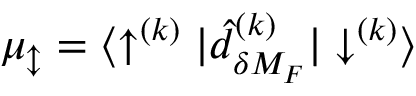
{ \mu _ { \updownarrow } = { \langle \uparrow ^ { ( k ) } | \hat { d } _ { \delta M _ { F } } ^ { ( k ) } | \downarrow ^ { ( k ) } \rangle } }